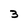
Character: 3